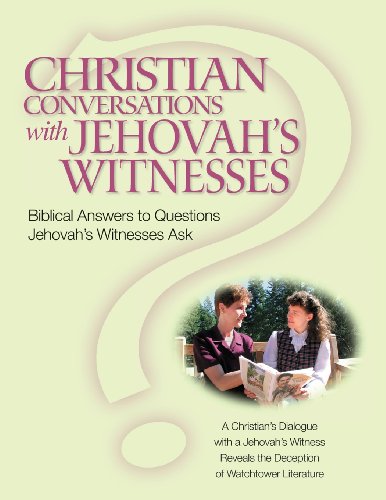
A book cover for Christian Conversations with Jehovah's Witnesses: Biblical Answers To Questions Jehovah's Witnesses Ask; Christian R. (Harvey) Darlington; Christian Books & Bibles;